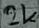
Text: 2k